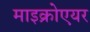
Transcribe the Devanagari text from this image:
माइक्रोएयर